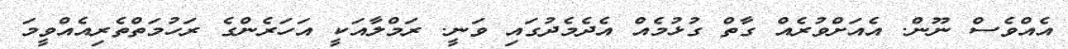
އެއްވެސް ނޫން. އެއަށްވުރެއް ގާތް ގުޅުމެއް އެދެމެދުގައި ވަނީ. ރަމްލާއަކީ އަހަރެންގެ ރަހުމަތްތެރިއެއްވީމަ